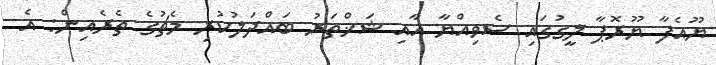
ޔޫއެފާ ޔޫރޮޕާ ލީގުގައި ސެވިއްޔާ އާއި ޝަޚްތަރު ބައްދަލުކުރި މެޗުގެ ތެރެއިން: އެ